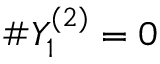
\# Y _ { 1 } ^ { ( 2 ) } = 0